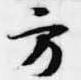
方